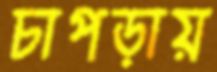
চাপড়ায়